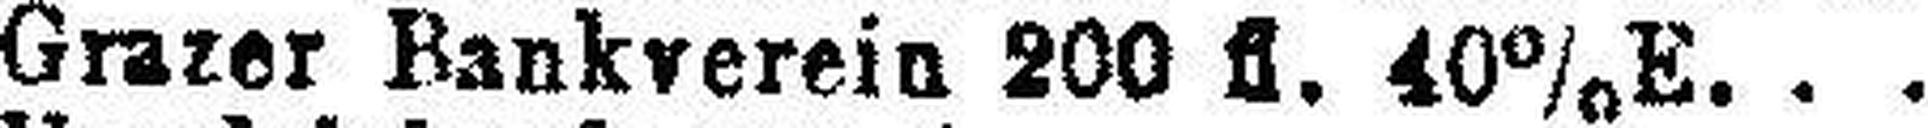
Grazer Bankverein 200 fl. 40% E.